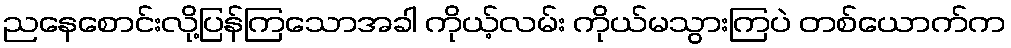
ညနေစောင်းလို့ပြန်ကြသောအခါ ကိုယ့်လမ်း ကိုယ်မသွားကြပဲ တစ်ယောက်က